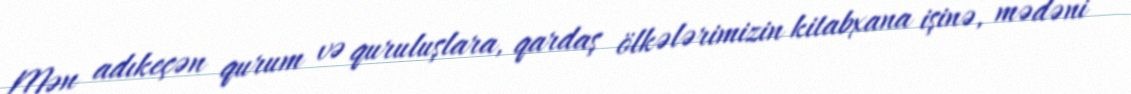
Mən adıkeçən qurum və quruluşlara, qardaş ölkələrimizin kitabxana işinə, mədəni